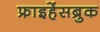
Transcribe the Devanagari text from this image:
फ्राइहेंसब्रुक